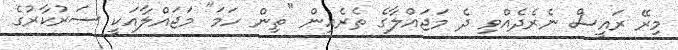
މިރޭ ރައީސް ނެރެދެއްވި ދެ މަޖައްލާގެ ތެރެއިން "ތިން ހަމަ" މަޖައްލާއަކީ ސަރުކާރުގެ